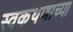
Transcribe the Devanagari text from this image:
स्वकथणाच्या